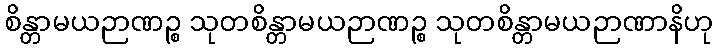
စိန္တာမယဉာဏဉ္စ သုတစိန္တာမယဉာဏဉ္စ သုတစိန္တာမယဉာဏာနိဟု